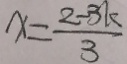
x = \frac { 2 - 3 k } { 3 }